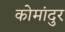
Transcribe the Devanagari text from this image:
कोमांदुर